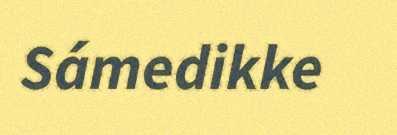
Sámedikke